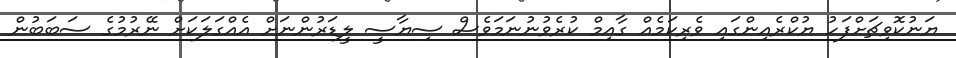
ޔަނުކޮވިޗަށްފަހު ޔުކްރެއިންގައި ވެރިކަމެއް ގާއިމް ކުރެވުނުނަމަވެސް ސިޔާސީ ލީޑަރުންނަށް އެއްގަލަކަށް ނޭރުމުގެ ސަބަބުން